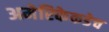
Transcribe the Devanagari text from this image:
अमेरिकेकडेच